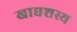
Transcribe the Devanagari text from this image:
खाद्यशस्य